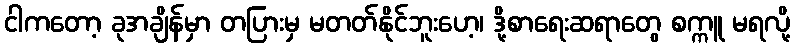
ငါကတော့ ခုအချိန်မှာ တပြားမှ မတတ်နိုင်ဘူးဟေ့၊ ဒို့စာရေးဆရာတွေ စက္ကူ မရလို့